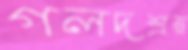
গলদশ্রম্ন